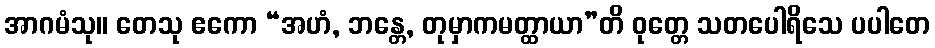
အာဂမံသု။ တေသု ဧကော “အဟံ, ဘန္တေ, တုမှာကမတ္ထာယာ”တိ ဝုတ္တေ သတပေါရိသေ ပပါတေ